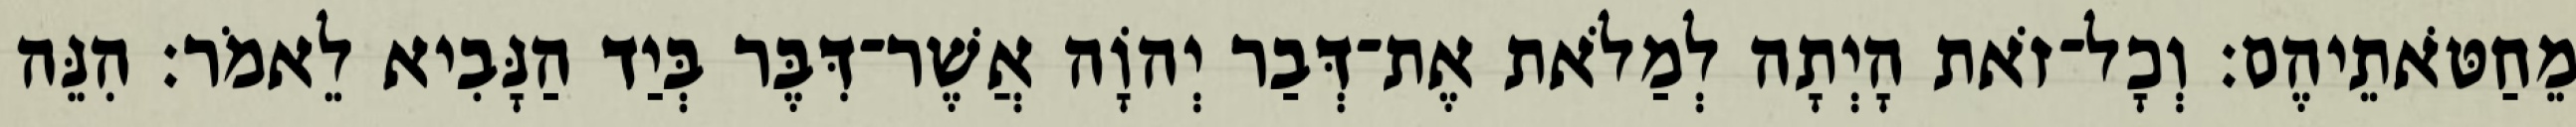
מֵחַטֹּאתֵיהֶם׃ וְכָל־זֹאת הָיְתָה לְמַלֹאת אֶת־דְּבַר יְהוָֹה אֲשֶׁר־דִּבֶּר בְּיַד הַנָּבִיא לֵאמֹר׃ הִנֵּה